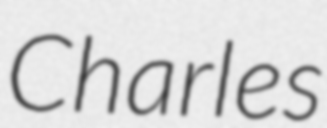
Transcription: Charles